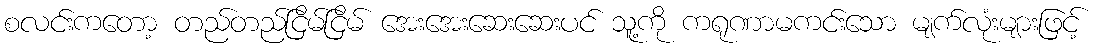
စလင်းကတော့ တည်တည်ငြိမ်ငြိမ် အေးအေးဆေးဆေးပင် သူ့ကို ကရုဏာမကင်းသော မျက်လုံးများဖြင့်